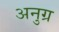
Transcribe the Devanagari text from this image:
अनुग्र